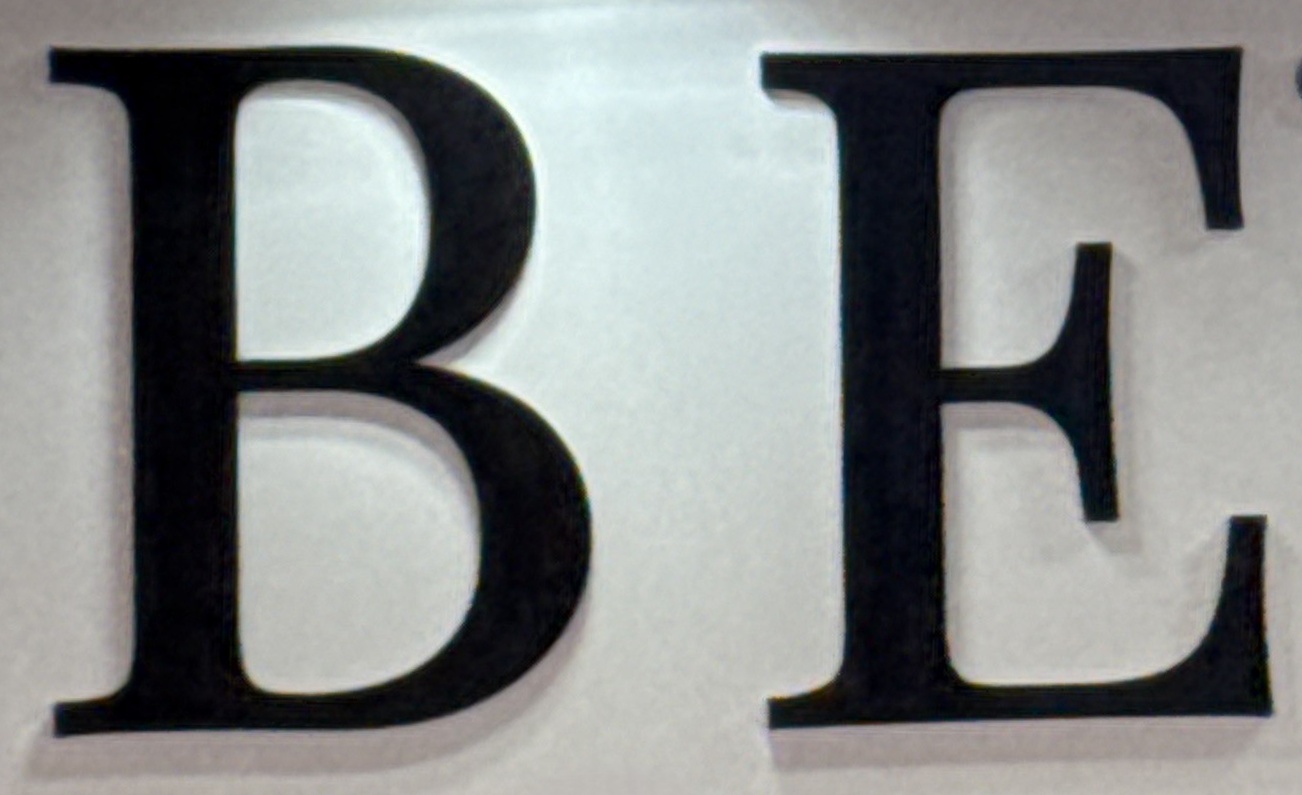
B E